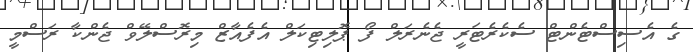
ގެ އެސިސްޓެންޓް ސެކެރެޓަރީ ޖެނެރަލް ފޯ ޕޮލިޓިކަލް އެފެއާޒް މިރޮސްލޭވް ޖެންކާ ރަސްމީ